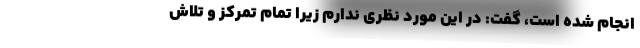
انجام شده است، گفت: در این مورد نظری ندارم زیرا تمام تمرکز و تلاش